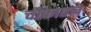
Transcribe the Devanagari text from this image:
चौकातले